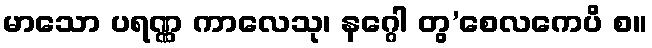
မာသော ပရဏ္ဏ ကာလေသု၊ နဂ္ဂေါ တွ’စေလကေပိ စ။